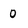
Character: 0